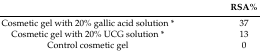
<table><thead><tr><td></td><td><b>RSA%</b></td></tr></thead><tbody><tr><td>Cosmetic gel with 20% gallic acid solution *</td><td>37</td></tr><tr><td>Cosmetic gel with 20% UCG solution *</td><td>13</td></tr><tr><td>Control cosmetic gel</td><td>0</td></tr></tbody></table>